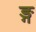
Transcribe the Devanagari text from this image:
ङ्ग